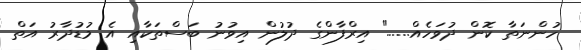
ހުންނަތާ ކޮން ދުވަހެއް......" އިރްފާންގެ ދުލުން އިވުނު ބަސްތަކާއި އެ މުޑުދާރު އަތް